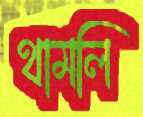
থামলি